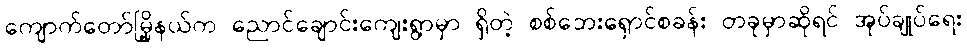
ကျောက်တော်မြို့နယ်က ညောင်ချောင်းကျေးရွာမှာ ရှိတဲ့ စစ်ဘေးရှောင်စခန်း တခုမှာဆိုရင် အုပ်ချုပ်ရေး